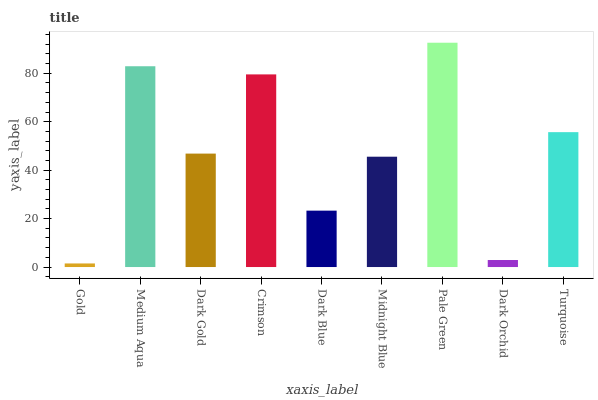
| xaxis_label | bars |
 | --- | --- |
 | Gold | 1.48 |
 | Medium Aqua | 82.9 |
 | Dark Gold | 46.8 |
 | Crimson | 79.5 |
 | Dark Blue | 23.3 |
 | Midnight Blue | 45.6 |
 | Pale Green | 92.6 |
 | Dark Orchid | 2.9 |
 | Turquoise | 55.7 |